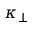
\kappa _ { \perp }